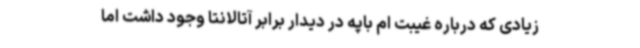
زیادی که درباره غیبت ام باپه در دیدار برابر آتالانتا وجود داشت اما